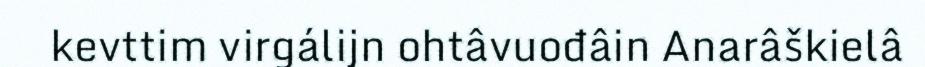
kevttim virgálijn ohtâvuođâin Anarâškielâ